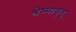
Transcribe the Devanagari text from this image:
श्रेष्मावृतू